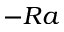
\mathrm - R a